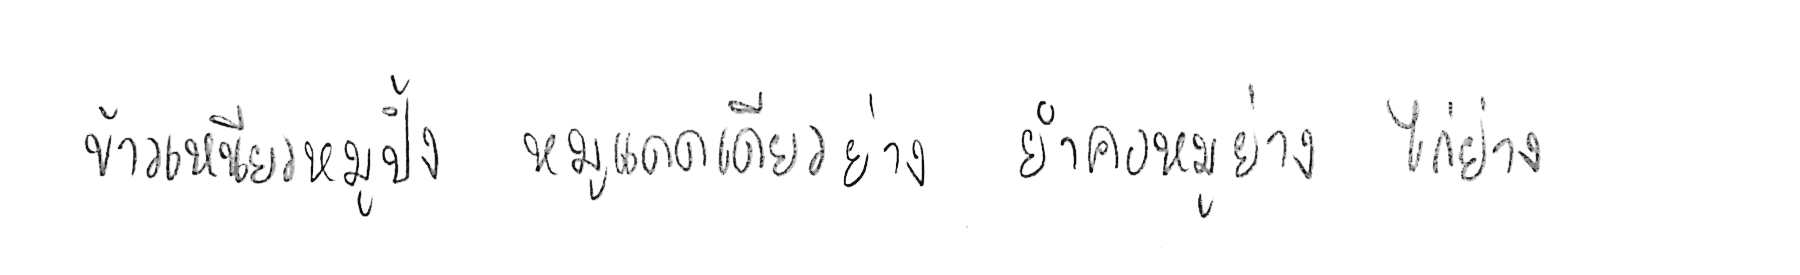
ข้าวเหนียวหมูปิ้ง หมูแดดเดียวย่าง ยำคอหมูย่าง ไก่ย่าง